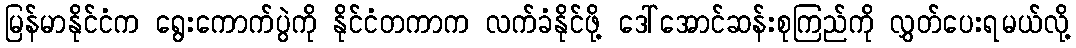
မြန်မာနိုင်ငံက ရွေးကောက်ပွဲကို နိုင်ငံတကာက လက်ခံနိုင်ဖို့ ဒေါ်အောင်ဆန်းစုကြည်ကို လွှတ်ပေးရမယ်လို့